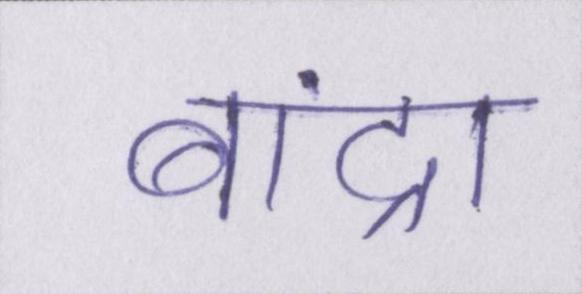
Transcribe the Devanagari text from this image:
बांद्रा